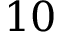
1 0